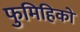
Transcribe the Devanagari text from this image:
फुमिहिको